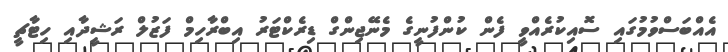
އެއްބަސްވުމުގައި ސޮއިކުރެއްވީ ފެން ކުންފުނީގެ މެނޭޖިންގް ޑިރެކްޓަރު އިބްރާހިމް ފަޒުލް ރަޝީދާއި ހިޓާޗީ